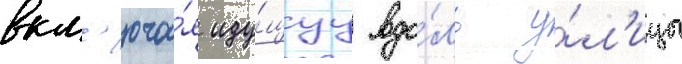
вкл'юча́я иду́щуу вдо́ль у́л'ицы